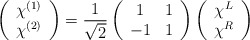
\begin{align*}\left( \begin{array}{c} \chi^{(1)}\\ \chi^{(2)} \end{array} \right)= \frac{1}{\sqrt{2}} \left( \begin{array}{cc} 1 & 1 \\-1 & 1\end{array} \right) \left( \begin{array}{c} \chi^{L}\\ \chi^{R}\end{array} \right)\end{align*}